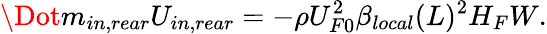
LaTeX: \Dot{m}_{in,rear}U_{in,rear}=-\rho U_{F0}^{2}\beta_{local}(L)^{2}H_{F}W.